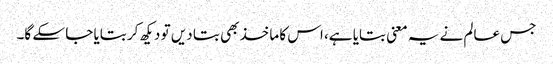
جس عالم نے یہ معنی بتایا ہے، اس کا ماخذ بھی بتا دیں تو دیکھ کر بتایا جا سکے گا۔